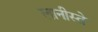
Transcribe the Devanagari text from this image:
लानीस्ते